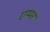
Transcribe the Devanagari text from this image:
एय्यर